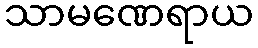
သာမဏေရာယ